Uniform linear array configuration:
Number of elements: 4
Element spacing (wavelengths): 0.75
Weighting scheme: hamming
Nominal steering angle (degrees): -45
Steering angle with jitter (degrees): -46.693
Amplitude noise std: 0.05
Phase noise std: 0.05

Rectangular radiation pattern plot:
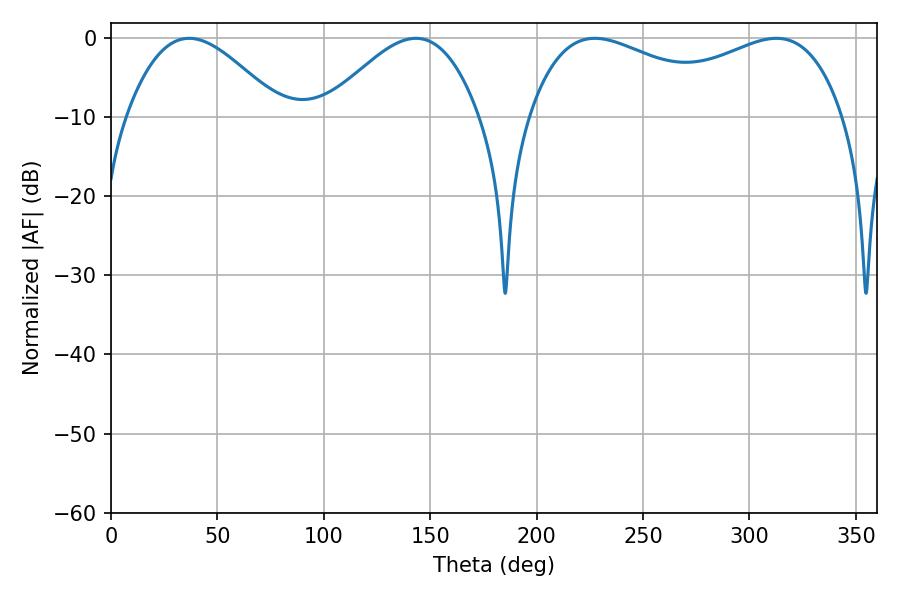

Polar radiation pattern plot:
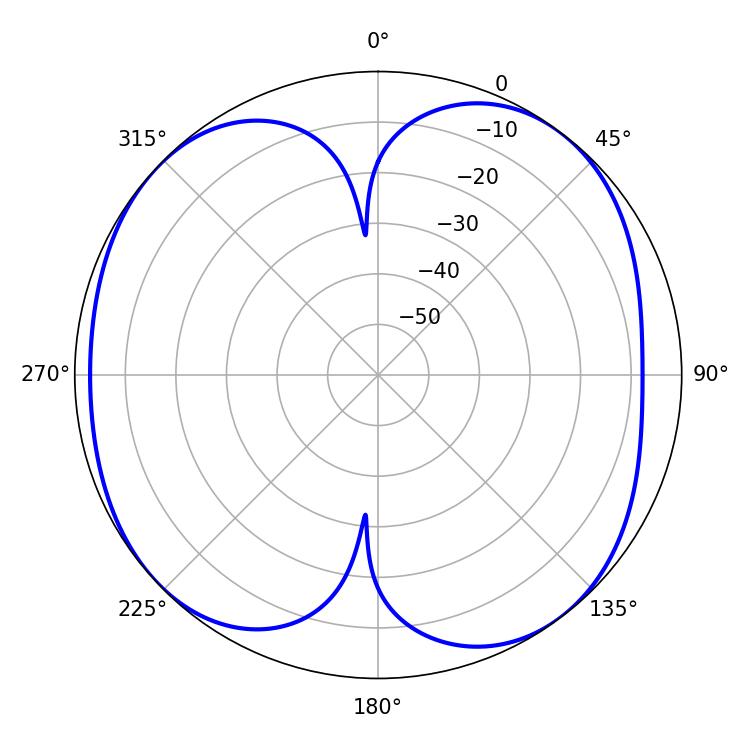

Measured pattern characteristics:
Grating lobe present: TRUE
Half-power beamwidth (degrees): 39.06
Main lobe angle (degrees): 36.72